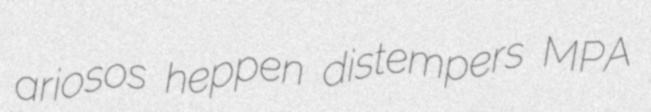
ariosos heppen distempers MPA